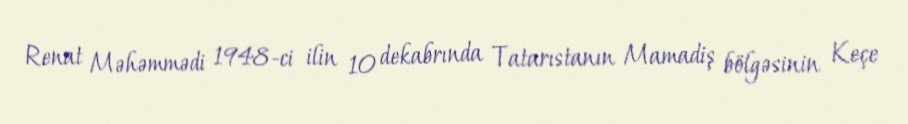
Renat Məhəmmədi 1948-ci ilin 10 dekabrında Tatarıstanın Mamadiş bölgəsinin Keçe